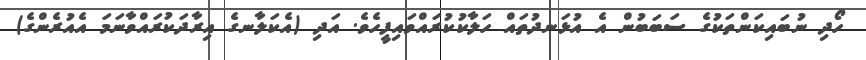
ހޯދި ނުބައިކަންތަކުގެ ސަބަބުން އެ އުޅަނދުތައް ހަލާކުކުރައްވައިފީހެވެ. އަދި (އެކަލާނގެ އިރާދަކުރައްވާނަމަ އެއުރެންގެ)